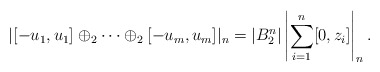
\begin{align*}|[-u_1,u_1]\oplus_2\cdots\oplus_2[-u_m,u_m]|_n=|B_2^n|\left|\sum_{i=1}^n[0,z_i]\right|_n.\end{align*}